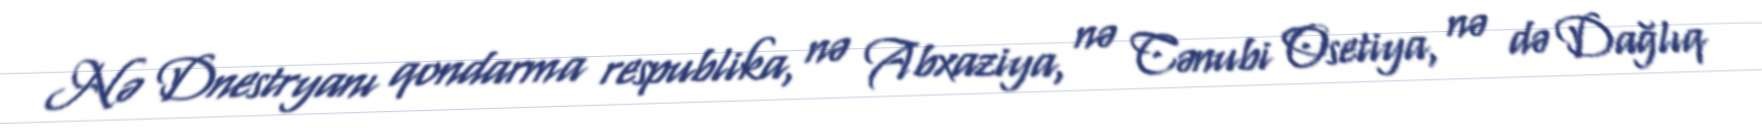
Nə Dnestryanı qondarma respublika, nə Abxaziya, nə Cənubi Osetiya, nə də Dağlıq